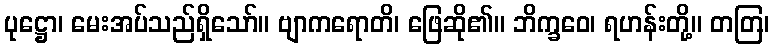
ပုဋ္ဌော၊ မေးအပ်သည်ရှိသော်။ ဗျာကရောတိ၊ ဖြေဆို၏။ ဘိက္ခဝေ၊ ရဟန်းတို့။ တတြ၊